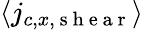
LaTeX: \langle j_{c,x,\mathrm{~s~h~e~a~r~}}\rangle